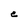
Character: C